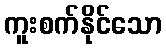
ကူးစက်နိုင်သော